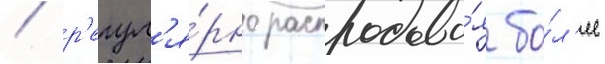
/ р'егул'я́рно распродава́я бо́л'ее